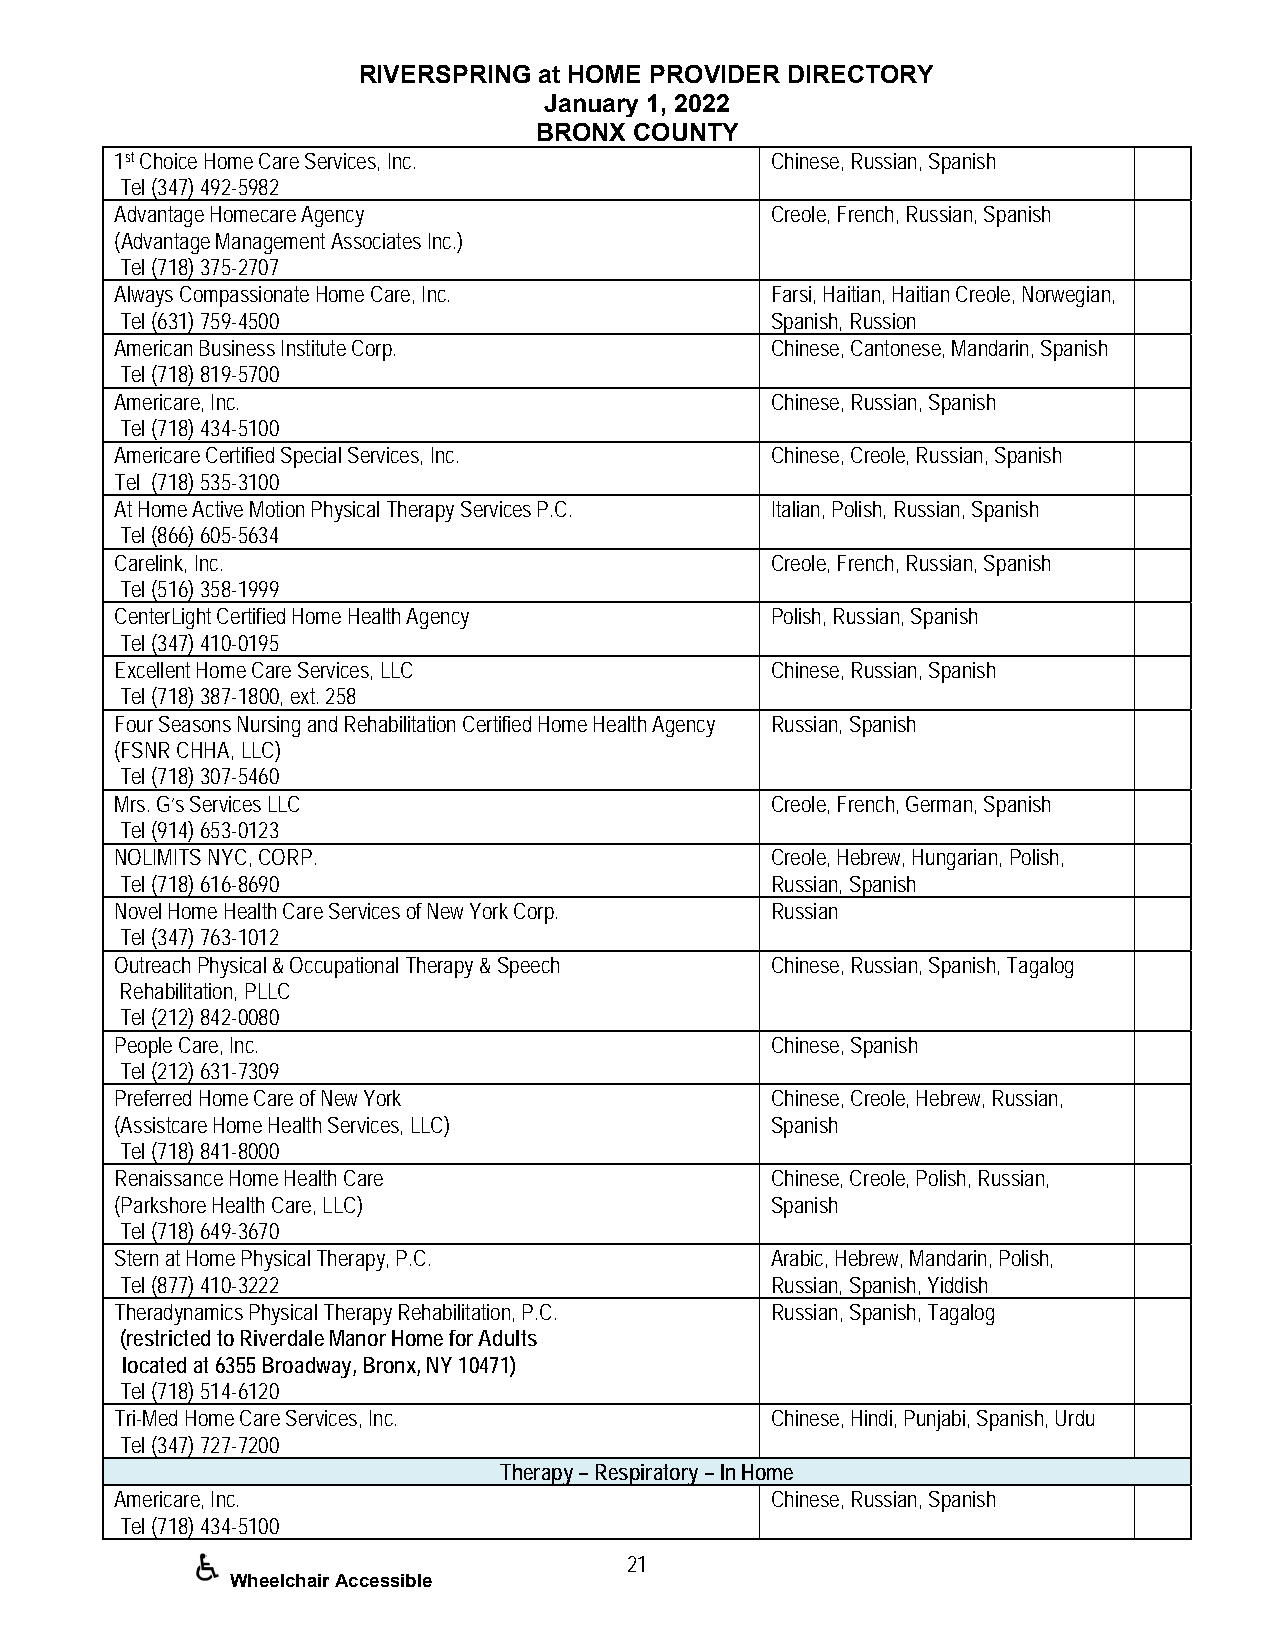
RIVERSPRING at HOME PROVIDER DIRECTORY
 January 1, 2022
 BRONX  COUNTY
 1st Choice Home Care Services, Inc.        Chinese, Russian, Spanish
 Tel (347) 492-5982
 Advantage Homecare Agency                  Creole, French, Russian, Spanish
 (Advantage Management Associates Inc.)
 Tel (718) 375-2707
 Always Compassionate Home Care, Inc.       Farsi, Haitian, Haitian Creole, Norwegian,
 Tel (631) 759-4500                         Spanish, Russion
 American Business Institute Corp.          Chinese, Cantonese, Mandarin, Spanish
 Tel (718) 819-5700
 Americare, Inc.                            Chinese, Russian, Spanish
 Tel (718) 434-5100
 Americare Certified Special Services, Inc. Chinese, Creole, Russian, Spanish
 Tel (718) 535-3100
 At Home Active Motion Physical Therapy Services P.C. Italian, Polish, Russian, Spanish
 Tel (866) 605-5634
 Carelink, Inc.                             Creole, French, Russian, Spanish
 Tel (516) 358-1999
 CenterLight Certified Home Health Agency   Polish, Russian, Spanish
 Tel (347) 410-0195
 Excellent Home Care Services, LLC          Chinese, Russian, Spanish
 Tel (718) 387-1800, ext. 258
 Four Seasons Nursing and Rehabilitation Certified Home Health Agency Russian, Spanish
 (FSNR CHHA, LLC)
 Tel (718) 307-5460
 Mrs. G’s Services LLC                      Creole, French, German, Spanish
 Tel (914) 653-0123
 NOLIMITS NYC, CORP.                        Creole, Hebrew, Hungarian, Polish,
 Tel (718) 616-8690                         Russian, Spanish
 Novel Home Health Care Services of New York Corp. Russian
 Tel (347) 763-1012
 Outreach Physical & Occupational Therapy & Speech Chinese, Russian, Spanish, Tagalog
 Rehabilitation, PLLC
 Tel (212) 842-0080
 People Care, Inc.                          Chinese, Spanish
 Tel (212) 631-7309
 Preferred Home Care of New York            Chinese, Creole, Hebrew, Russian,
 (Assistcare Home Health Services, LLC)     Spanish
 Tel (718) 841-8000
 Renaissance Home Health Care               Chinese, Creole, Polish, Russian,
 (Parkshore Health Care, LLC)               Spanish
 Tel (718) 649-3670
 Stern at Home Physical Therapy, P.C.       Arabic, Hebrew, Mandarin, Polish,
 Tel (877) 410-3222                         Russian, Spanish, Yiddish
 Theradynamics Physical Therapy Rehabilitation, P.C. Russian, Spanish, Tagalog
 (restricted to Riverdale Manor Home for Adults
 located at 6355 Broadway, Bronx, NY 10471)
 Tel (718) 514-6120
 Tri-Med Home Care Services, Inc.           Chinese, Hindi, Punjabi, Spanish, Urdu
 Tel (347) 727-7200
 Therapy – Respiratory – In Home
 Americare, Inc.                            Chinese, Russian, Spanish
 Tel (718) 434-5100
 21
 Wheelchair Accessible